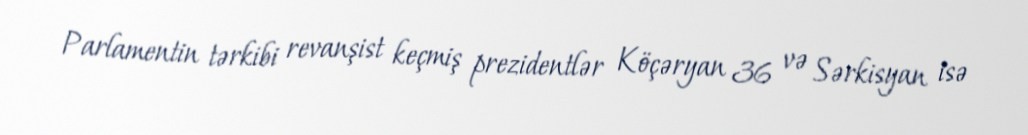
Parlamentin tərkibi revanşist keçmiş prezidentlər Köçəryan 36 və Sərkisyan isə